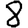
Digit: 8